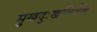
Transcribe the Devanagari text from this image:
सुखदुःखविवेक